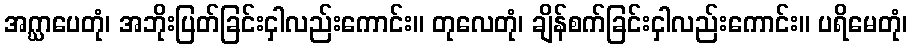
အဂ္ဃာပေတုံ၊ အဘိုးပြတ်ခြင်းငှါလည်းကောင်း။ တုလေတုံ၊ ချိန်စက်ခြင်းငှါလည်းကောင်း။ ပရိမေတုံ၊